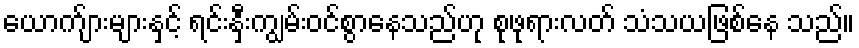
ယောက်ျားများနှင့် ရင်းနှီးကျွမ်းဝင်စွာနေသည်ဟု စုဖုရားလတ် သံသယဖြစ်နေ သည်။